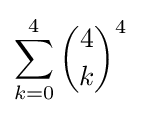
\sum _{k=0}^{4}{\binom {4}{k}}^{4}